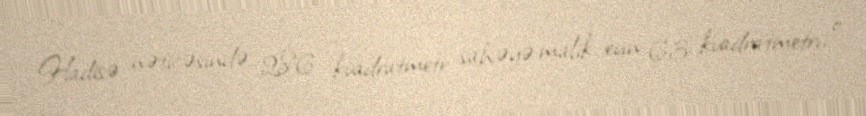
Hadisə nəticəsində 286 kvadratmetr sahəyə malik evin 63 kvadratmetri, o